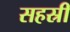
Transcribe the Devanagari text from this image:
सहस्री